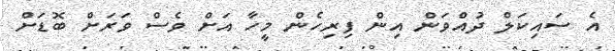
އެ ސައިކަލް ދުއްވަން އިން ފިރިހެން މީހާ އަށް ވެސް ވަރަށް ބޮޑަށް